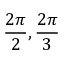
{ \frac { 2 \pi } { 2 } } , { \frac { 2 \pi } { 3 } }